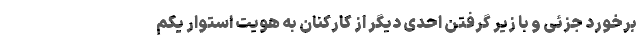
برخورد جزئی و با زیر گرفتن احدی دیگر از کارکنان به هویت استوار یکم